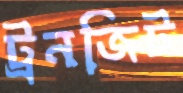
ট্রনজিট